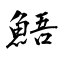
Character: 鯃